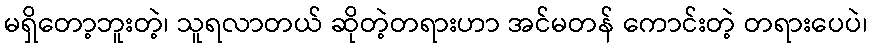
မရှိတော့ဘူးတဲ့၊ သူရလာတယ် ဆိုတဲ့တရားဟာ အင်မတန် ကောင်းတဲ့ တရားပေပဲ၊